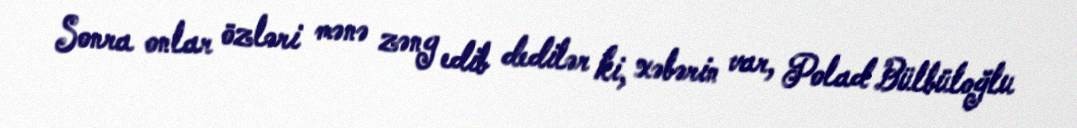
Sonra onlar özləri mənə zəng edib dedilər ki, xəbərin var, Polad Bülbüloğlu